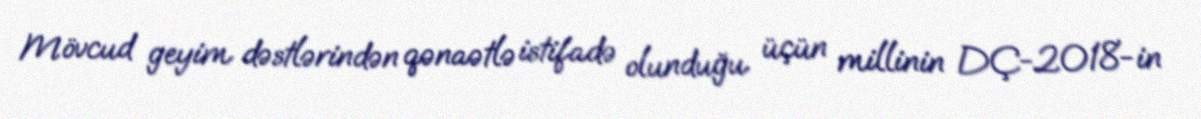
Mövcud geyim dəstlərindən qənaətlə istifadə olunduğu üçün millinin DÇ-2018-in